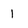
Character: 1